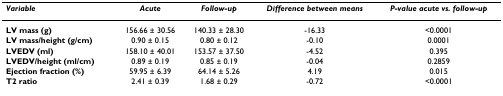
<table><thead><tr><td><b><i>Variable</i></b></td><td><b><i>Acute</i></b></td><td><b><i>Follow-up</i></b></td><td><b><i>Difference between means</i></b></td><td><b><i>P-value acute vs. follow-up</i></b></td></tr></thead><tbody><tr><td><b>LV mass (g)</b></td><td>156.66 ± 30.56</td><td>140.33 ± 28.30</td><td>-16.33</td><td>&lt;0.0001</td></tr><tr><td><b>LV mass/height (g/cm)</b></td><td>0.90 ± 0.15</td><td>0.80 ± 0.12</td><td>-0.10</td><td>0.0001</td></tr><tr><td><b>LVEDV (ml)</b></td><td>158.10 ± 40.01</td><td>153.57 ± 37.50</td><td>-4.52</td><td>0.395</td></tr><tr><td><b>LVEDV/height (ml/cm)</b></td><td>0.89 ± 0.19</td><td>0.85 ± 0.19</td><td>-0.04</td><td>0.2859</td></tr><tr><td><b>Ejection fraction (%)</b></td><td>59.95 ± 6.39</td><td>64.14 ± 5.26</td><td>4.19</td><td>0.015</td></tr><tr><td><b>T2 ratio</b></td><td>2.41 ± 0.39</td><td>1.68 ± 0.29</td><td>-0.72</td><td>&lt;0.0001</td></tr></tbody></table>